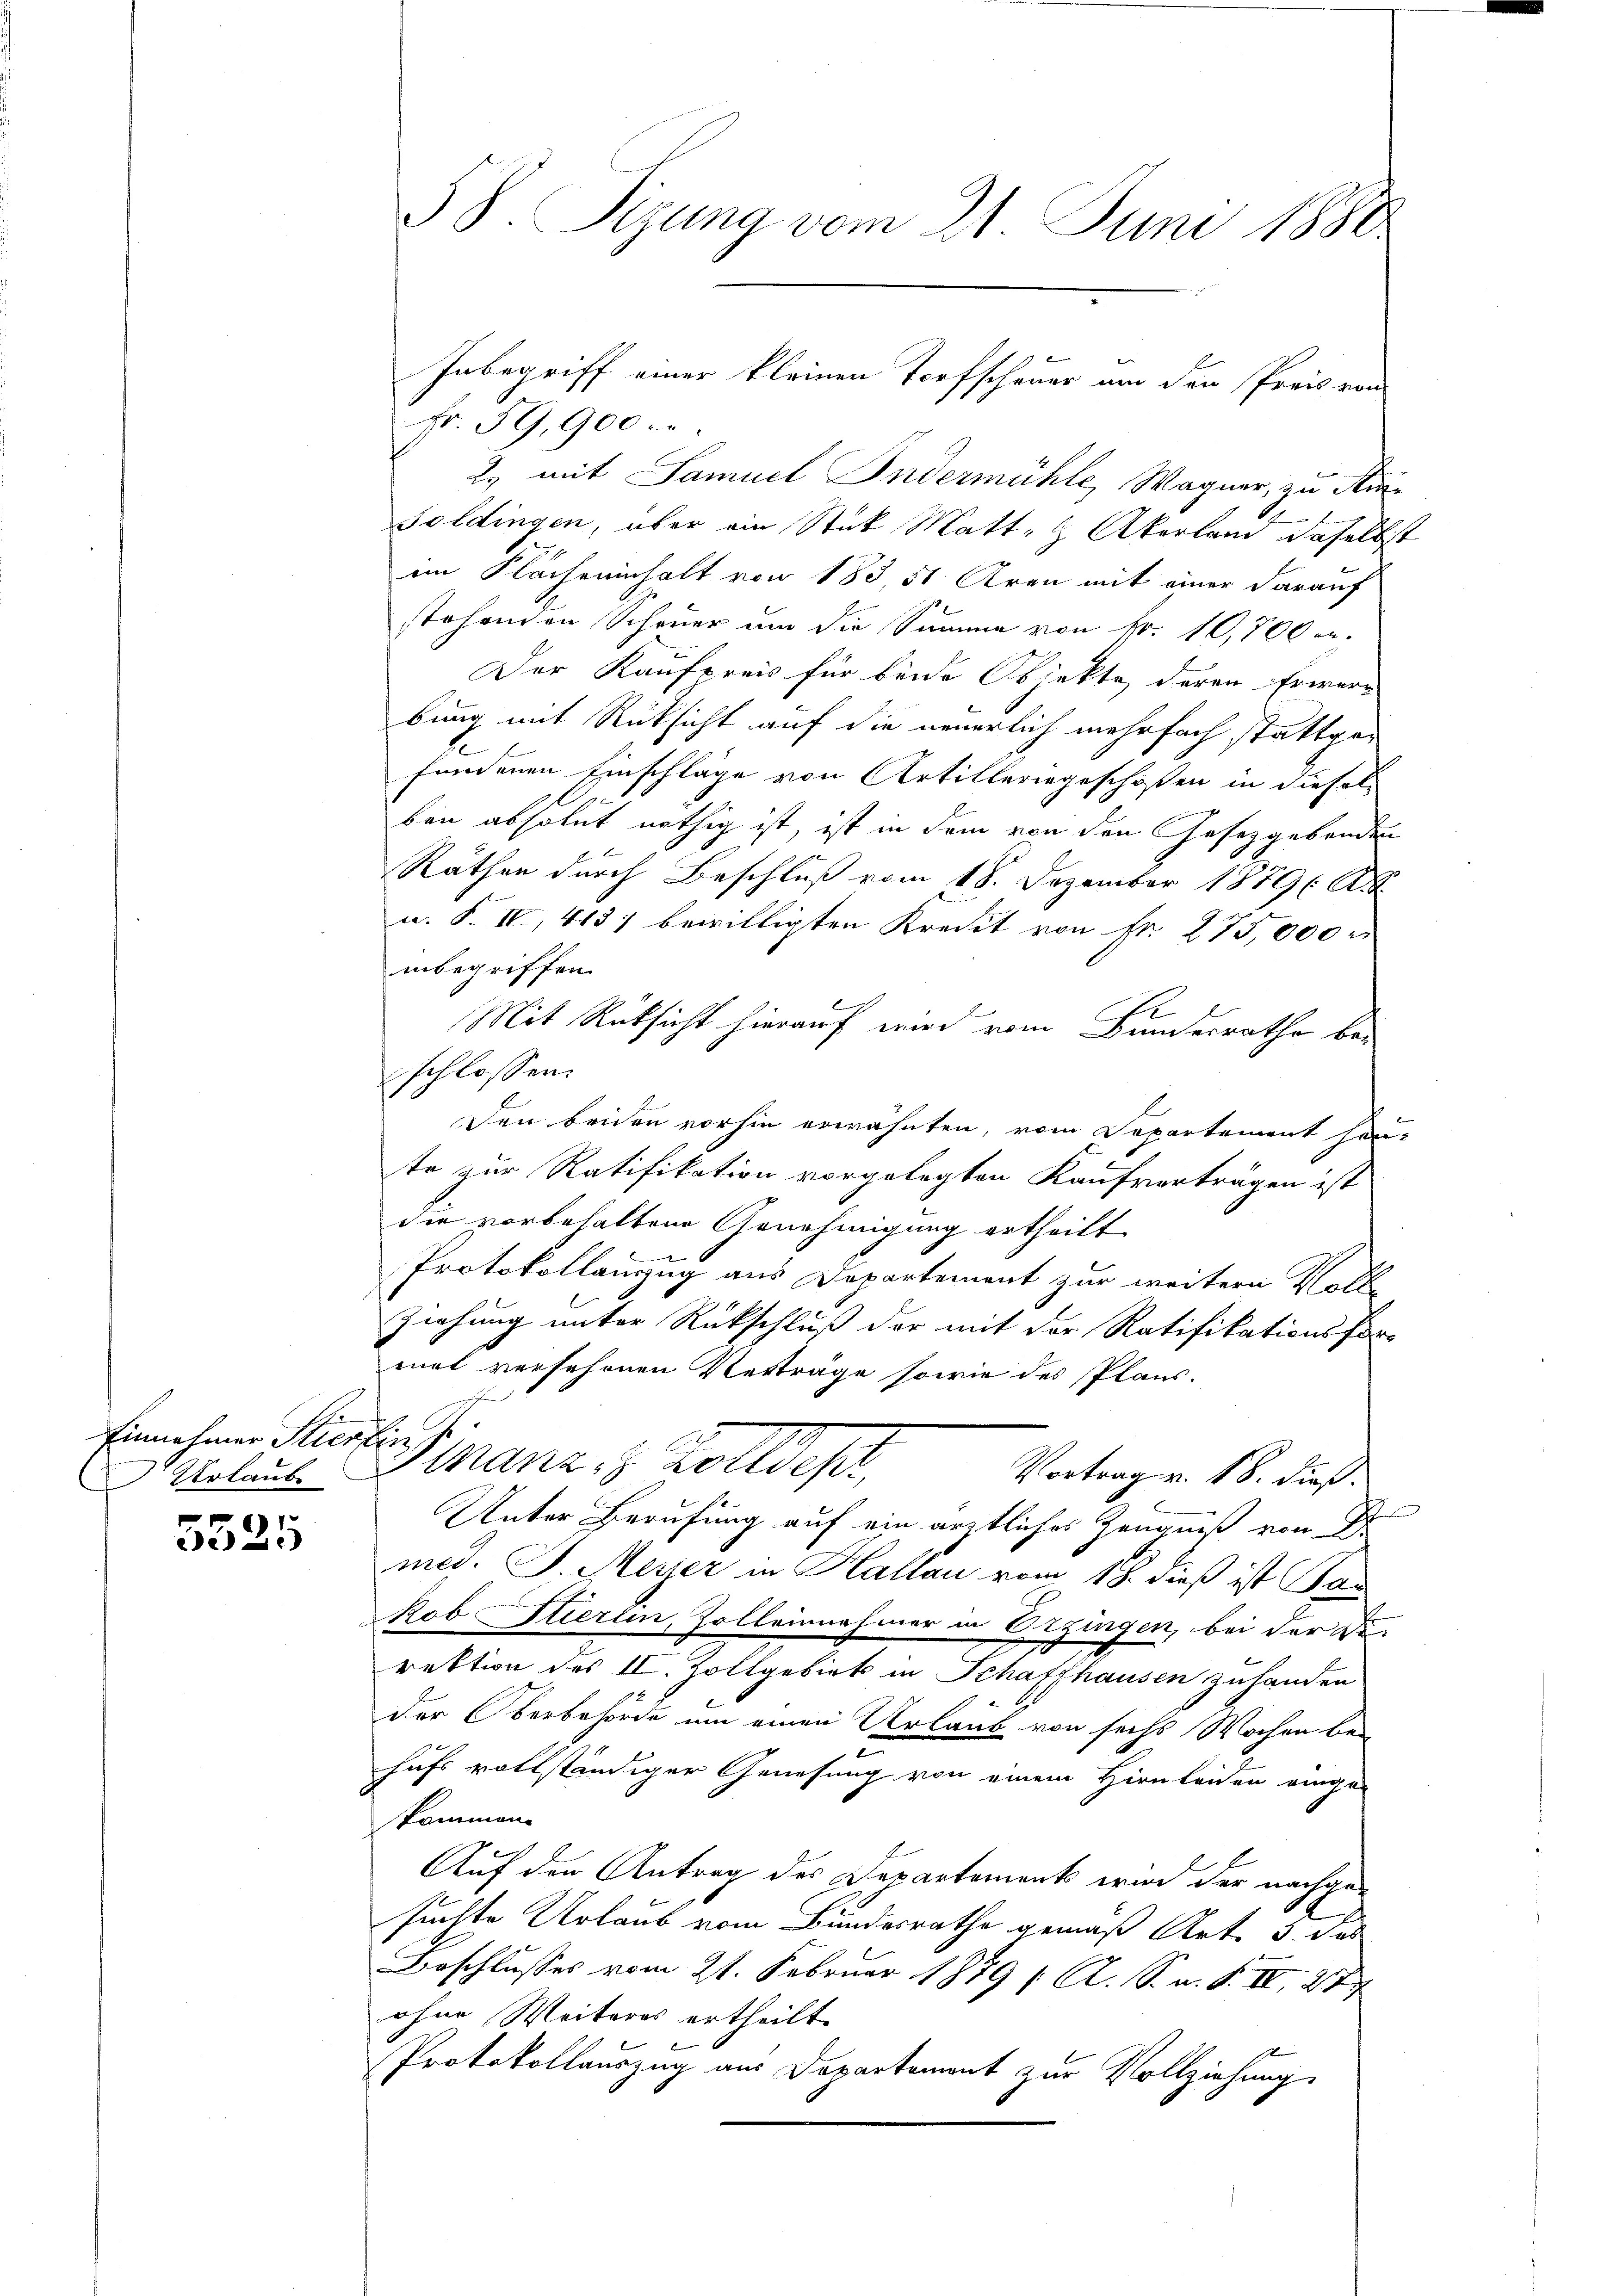
Einnahmer Stier
Urlaube

)
ee

3 S. Sizung vom 21. Juni 1880

Fr. 59,900 c.
2., mit Samuel Indermühle, Wagner, zu Mur¬
Soldingen, aber ein Stük Matte & Akerland daselbst
im Flächeninhalt von 183 50 Aren mit einer darauf
stehenden Scheuer um die Summe von Fr. 10,700 c.
Der Kaufpreis für beide Objekte deren Erwart
bung mit Rücksicht auf die neuerlich mehrfach stattges
fundenen Einschläge von Artilleringeschoßen in dieselben absolut nöthig ist, ist in dem von den Gesetzgebenden
Räthen durch Beschluß vom 18. Dezember 1879 A
u. F. II, 413) bewilligten Kredit von Fr. 275,000 r
inbegriffen.
Mit Rücksicht hierauf wird vom Bundesrathe be-
schlossen:
Den beiden vorhin erwähnten, vom Separtement han-
te zur Ratifikation vorgelegten Kaufverträgen ist
die vorbehaltene Genehmigung ertheilt
Protokollanzug aus Departement zur weitern Voll
Ziehung unter Rückschluß der mit der Ratifikationsfor-
mirt versehenen Vertrage sowie des Plans-
e
u
Manz, 8 Zolldept,
Vortrag v. 18. dieß.
Behand
Unter Berufung auf ein ärztliches Zeugniß von Dr
med. J. Meyer in Hallau vom 18. dieß ist Bas
kob Hierlin, Zolleinnahmer in Erzingen, bei der Di-
rektion des II. Zollgebiet in Schaffhausen zuhanden
der Oberbehörde um einen Urlaub von sechs Wochen bei
hufs vollständiger Genesung von einem Hirnleiden einge-
kommen.
Auf den Antrag des Departements wird der nachgesuchte Urlaub vom Bundesrathe gemäß Art. 3. das
Beschlusses vom 21. Februar 1879 / A. S. a. S. II, 27
ohne Weiteres ertheilt.
Protokollauszug aus Departement zur Vollziehung

Inbegriff einer kleinen Torfschauer an den Preis von